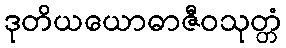
ဒုတိယယောဓာဇီဝသုတ္တံ